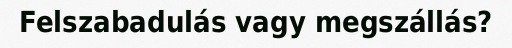
Felszabadulás vagy megszállás?